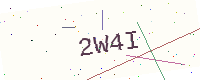
Text: 2W4I